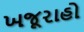
ખજૂરાહો